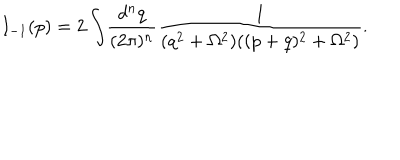
LaTeX: I _ { - 1 } ( p ) = 2 \int \! \frac { d ^ { n } q } { ( 2 \pi ) ^ { n } } \frac { 1 } { ( q ^ { 2 } + \Omega ^ { 2 } ) ( ( p + q ) ^ { 2 } + \Omega ^ { 2 } ) } .